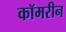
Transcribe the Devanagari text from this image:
कॉमरीन